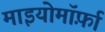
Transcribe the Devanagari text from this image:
माइयोमॉर्फ़ा